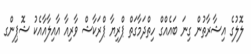
ލޮލުގެ އިޝާރާތުން ގިނަ ބައެއްގް ހިތްދަމާގަތް ޕްރިޔާ ޕްރަކާޝް ވާރިއާ އާއިލާއާއެކު ޝޮޕިންގ